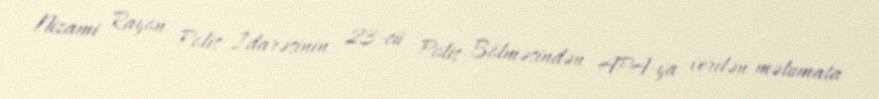
Nizami Rayon Polis İdarəsinin 23-cü Polis Bölməsindən APA-ya verilən məlumata